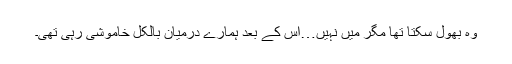
وہ بھول سکتا تھا مگر میں نہیں…اس کے بعد ہمارے درمیان بالکل خاموشی رہی تھی۔